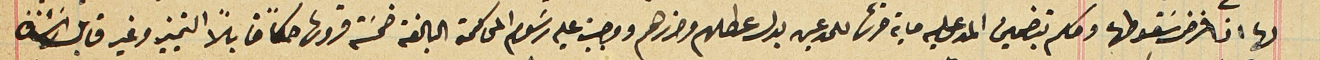
لها اذا فرض سقوطها وحكم بتضمين المدعى عليه ماية قرشاً للمدعين بدل عطلهم وضررهم ووجبت عليه رسوم المحاكمة البالغة خمسَة قروش حكماً قابلًا التمييز وغير قابل